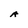
Character: A